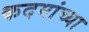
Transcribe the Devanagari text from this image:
कदमांच्या